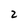
Character: 2